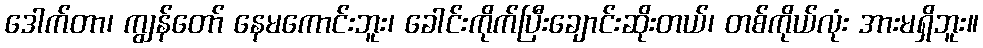
ဒေါက်တာ၊ ကျွန်တော် နေမကောင်းဘူး၊ ခေါင်းကိုက်ပြီးချောင်းဆိုးတယ်၊ တစ်ကိုယ်လုံး အားမရှိဘူး။